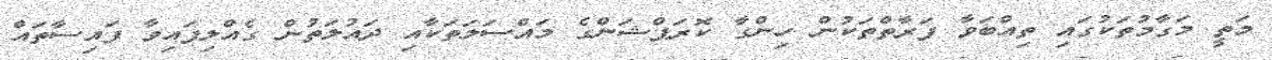
މަތީ މަގާމުތަކުގައި ތިއްބަވާ ފަރާތްތަކުން ހިންގާ ކޮރަޕްޝަންގެ މައްްސަލަތަކާއި ދައުލަތުން ގެއްލިފައިވާ ފައިސާތައް